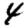
Digit: 4